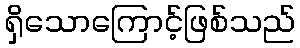
ရှိသောကြောင့်ဖြစ်သည်